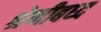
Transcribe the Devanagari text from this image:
श्रेणीबध्द